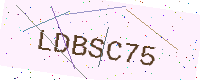
Text: LDBSC75